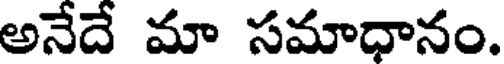
అనేదే మా సమాధానం.